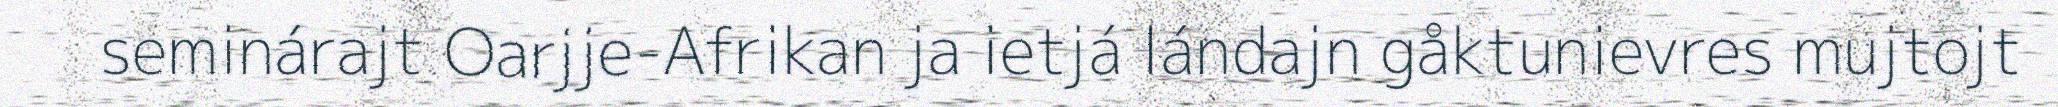
seminárajt Oarjje-Afrikan ja ietjá lándajn gåktunievres mujtojt